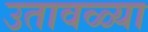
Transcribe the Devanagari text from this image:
उतावळ्या